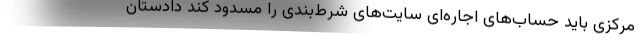
مرکزی باید حساب‌های اجاره‌ای سایت‌های شرط‌بندی را مسدود کند دادستان